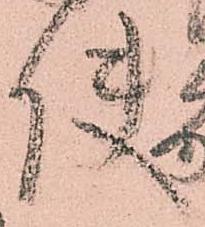
使